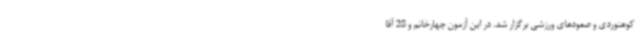
کوهنوردی و صعودهای ورزشی برگزار شد. در این آزمون چهارخانم و 28 آقا